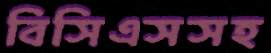
বিসিএসসহ